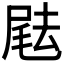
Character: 𡲨